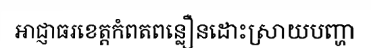
អាជ្ញាធរខេត្តកំពតពន្លឿនដោះស្រាយបញ្ហា